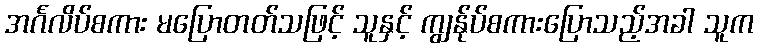
အင်္ဂလိပ်စကား မပြောတတ်သဖြင့် သူနှင့် ကျွန်ုပ်စကားပြောသည့်အခါ သူက